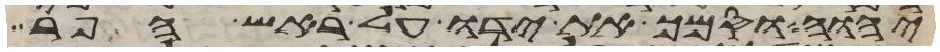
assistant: יהוה וסמך את ידו על ראש הפר